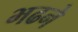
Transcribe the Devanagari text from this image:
भढने